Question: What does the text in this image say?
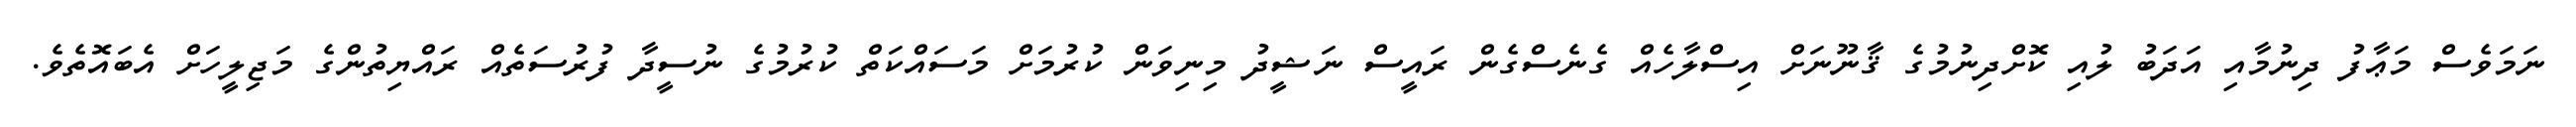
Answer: ނަމަވެސް މަޢާފު ދިނުމާއި އަދަބު ލުއި ކޮށްދިނުމުގެ ޤާނޫނަށް އިސްލާހެއް ގެނެސްގެން ރައީސް ނަޝީދު މިނިވަން ކުރުމަށް މަސައްކަތް ކުރުމުގެ ނުސީދާ ފުރުސަތެއް ރައްޔިތުންގެ މަޖިލީހަށް އެބައޮތެވެ.